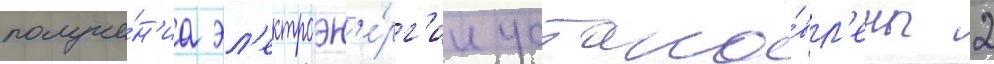
получе́н'иа эл'ектроэн'е́рг'ии устано́вл'ены 2